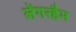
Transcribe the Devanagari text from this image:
लेंगरहैम